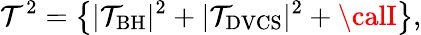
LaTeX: {\cal\mathcal{T}}^{2}=\left\{ |{\cal\mathcal{T}}_{\mathrm{{BH}}}|^{2}+|{\cal\mathcal{T}}_{\mathrm{{DVCS}}}|^{2}+{\calI}\right\} ,